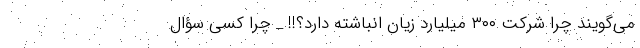
می‌گویند چرا شرکت ۳۰۰ میلیارد زیان انباشته دارد؟!! _ چرا کسی سؤال